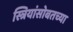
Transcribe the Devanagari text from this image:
स्त्रियांसोबतच्या